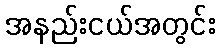
အနည်းငယ်အတွင်း